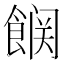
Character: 𮩆